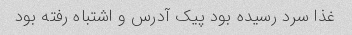
غذا سرد رسیده بود پیک آدرس و اشتباه رفته بود